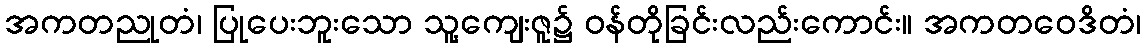
အကတညုတံ၊ ပြုပေးဘူးသော သူ့ကျေးဇူ၌ ဝန်တိုခြင်းလည်းကောင်း။ အကတဝေဒိတံ၊